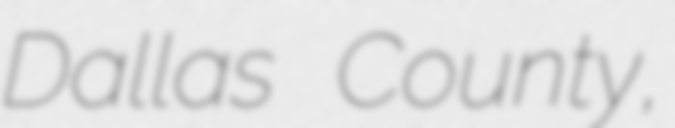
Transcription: Dallas County,